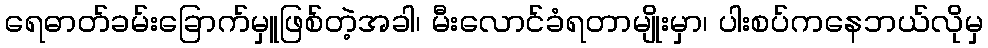
ရေဓာတ်ခမ်းခြောက်မှူဖြစ်တဲ့အခါ၊ မီးလောင်ခံရတာမျိုးမှာ၊ ပါးစပ်ကနေဘယ်လိုမှ